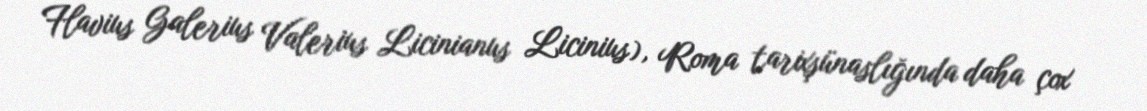
Flavius Galerius Valerius Licinianus Licinius), Roma tarixşünaslığında daha çox